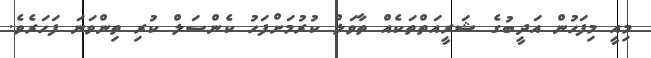
މިއީ މިފަހުން އަދީބުގެ ޝަރީއަތްތަކެެއް ތާވަލް ކުރުމަށްފަހު ކެންސަލް ކުރި ތިންވަނަ ފަހަރެވެ.